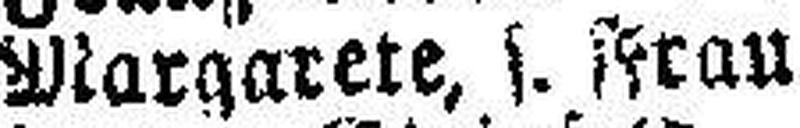
Margarete, s. Frau